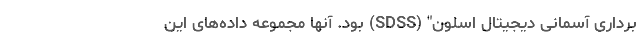
‌برداری آسمانی دیجیتال اسلون" (SDSS) بود. آنها مجموعه داده‌های این